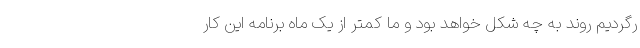
رگردیم روند به چه شکل خواهد بود و ما کمتر از یک ماه برنامه این کار